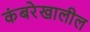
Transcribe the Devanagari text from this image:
कंबरेखालील